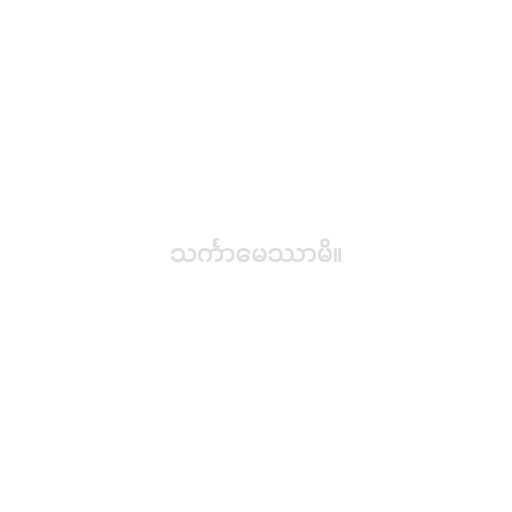
သင်္ကာမေဿာမိ။